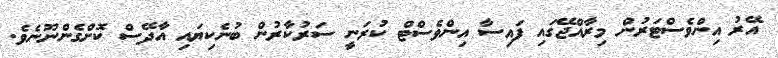
އޭރު އިންވެސްޓަރުން މިރާއްޖޭގައި ފައިސާ އިންވެސްޓް ކުރަނީ ސަރުކާރުން ބުނެކިޔައި އާދޭސް ކޮށްގެންނޫނެވެ.